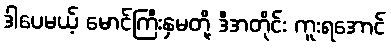
ဒါပေမယ့် မောင်ကြီးနှမတို့ ဒီအတိုင်း ကူးရအောင်